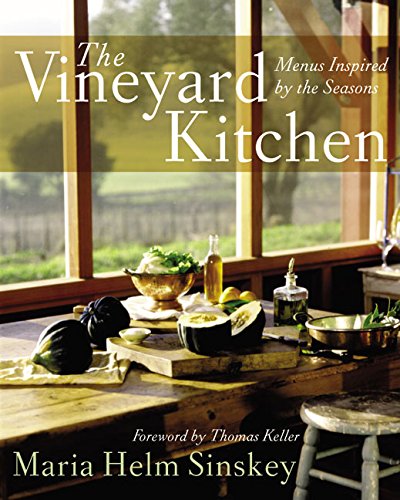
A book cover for The Vineyard Kitchen: Menus Inspired by the Seasons (Cookbooks); Maria Helm Sinskey; Cookbooks, Food & Wine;